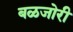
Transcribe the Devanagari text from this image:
बळजोरी